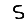
Digit: 5